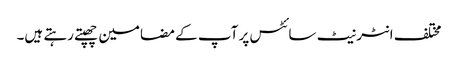
مختلف انٹر نیٹ سائٹس پر آپ کے مضامین چھپتے رہتے ہیں۔